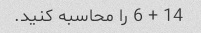
14 + 6 را محاسبه کنید.